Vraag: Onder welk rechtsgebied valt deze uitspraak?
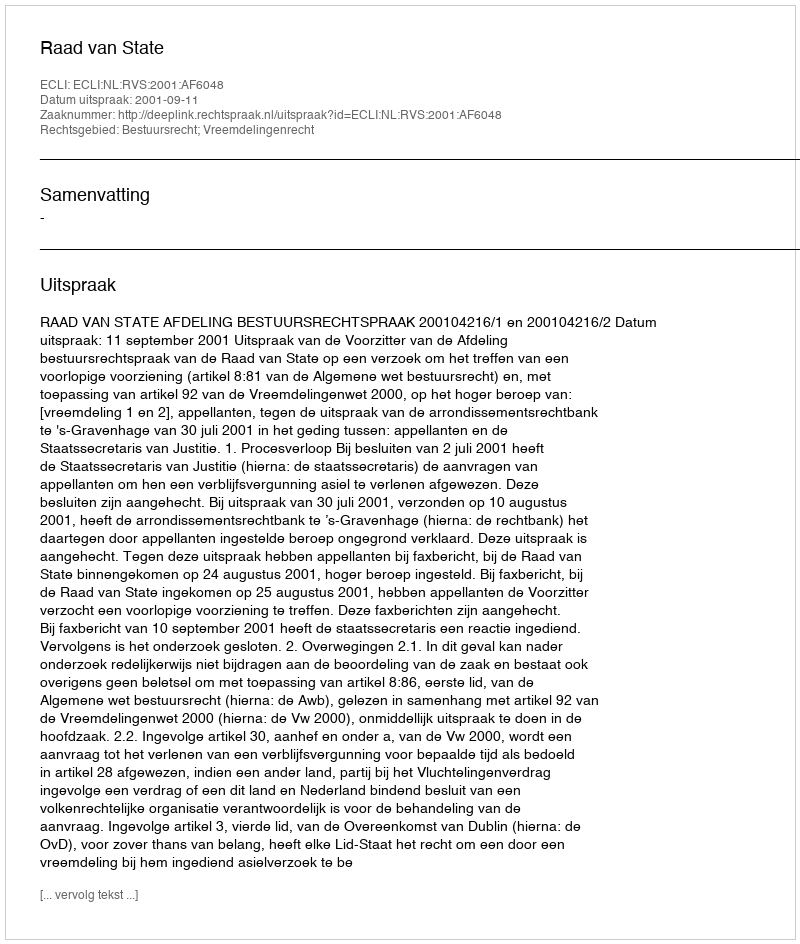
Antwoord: Bestuursrecht; Vreemdelingenrecht